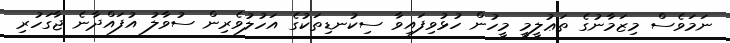
ނަމަވެސް މިޒަމާނުގެ ތަޢުލީމީ މީހުން ހުޅުވިފައިވާ ސިކުނޑިތަކުގެ އަހުލުވެރިން ސުވާލު އުފައްދާނެ ޖާގަހުރި